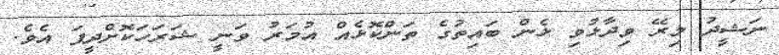
ނަޝީދު މިރޭ ވިދާޅުވި ޅެން ބައިތުގެ ތަންކޮޅެއް އުމަރު ވަނީ ޝަރަހަކޮށްދީފަ އެވެ.